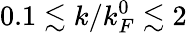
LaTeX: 0.1\lesssim k/k_{F}^{0}\lesssim 2